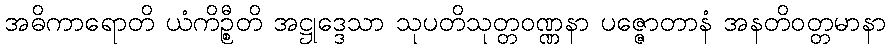
အဓိကာရောတိ ယံကိဉ္စီတိ အဋ္ဌုဒ္ဒေသာ သုပတိသုတ္တဝဏ္ဏနာ ပဇ္ဇောတာနံ အနတိဝတ္တမာနာ